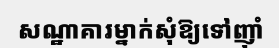
សណ្ឋាគារម្នាក់សុំឱ្យទៅញ៉ាំ